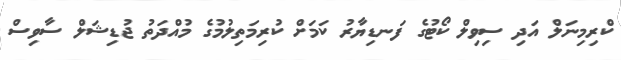
ކްރިމިނަލް އަދި ސިވިލް ކޯޓުގެ ފަނޑިޔާރު ކަމަށް ކުރިމަތިލުމުގެ މުއްދަތު ޖުޑިޝަލް ސާވިސް